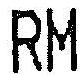
RM